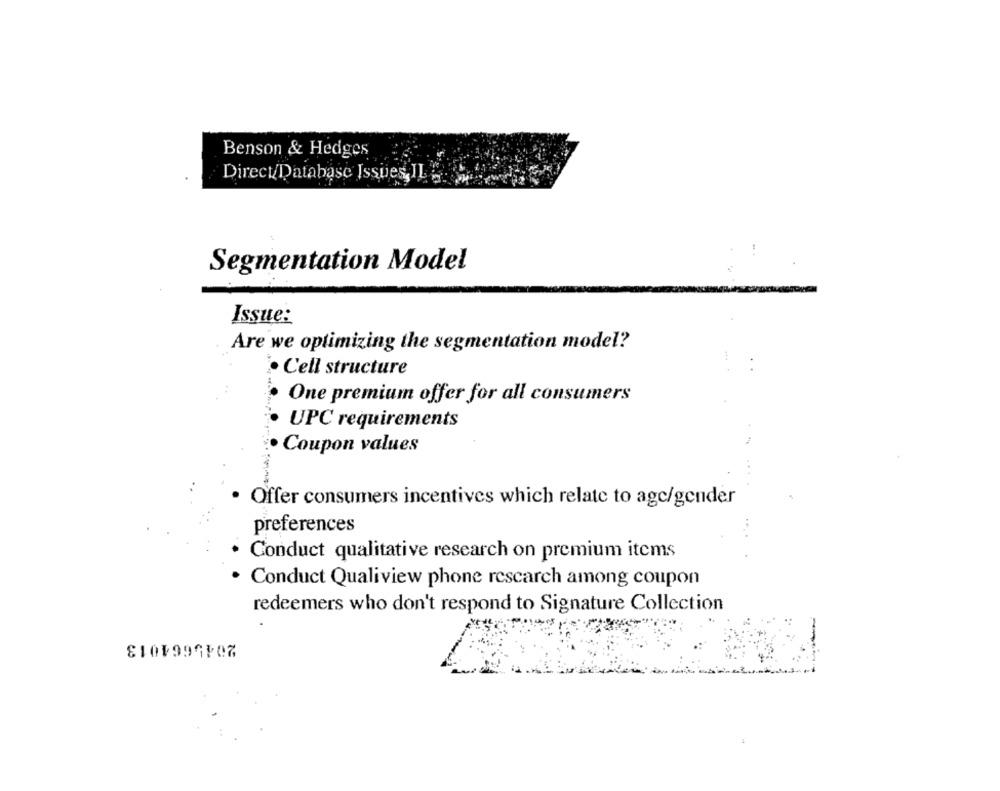
Benson & Hedges
Direct/Database Issues, IL
Segmentation Model
Issue:
Are we optimizing the segmentation model?
.Cell structure
One premium offer for all consumers
UPC requirements
· Coupon values
Offer consumers incentives which relate to agc/gender
preferences
Conduct qualitative research on premium items
· Conduct Qualiview phone research among coupon
redeemers who don't respond to Signature Collection
2045664013